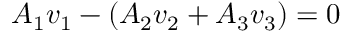
A _ { 1 } v _ { 1 } - ( A _ { 2 } v _ { 2 } + A _ { 3 } v _ { 3 } ) = 0